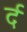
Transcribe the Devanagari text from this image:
र्द